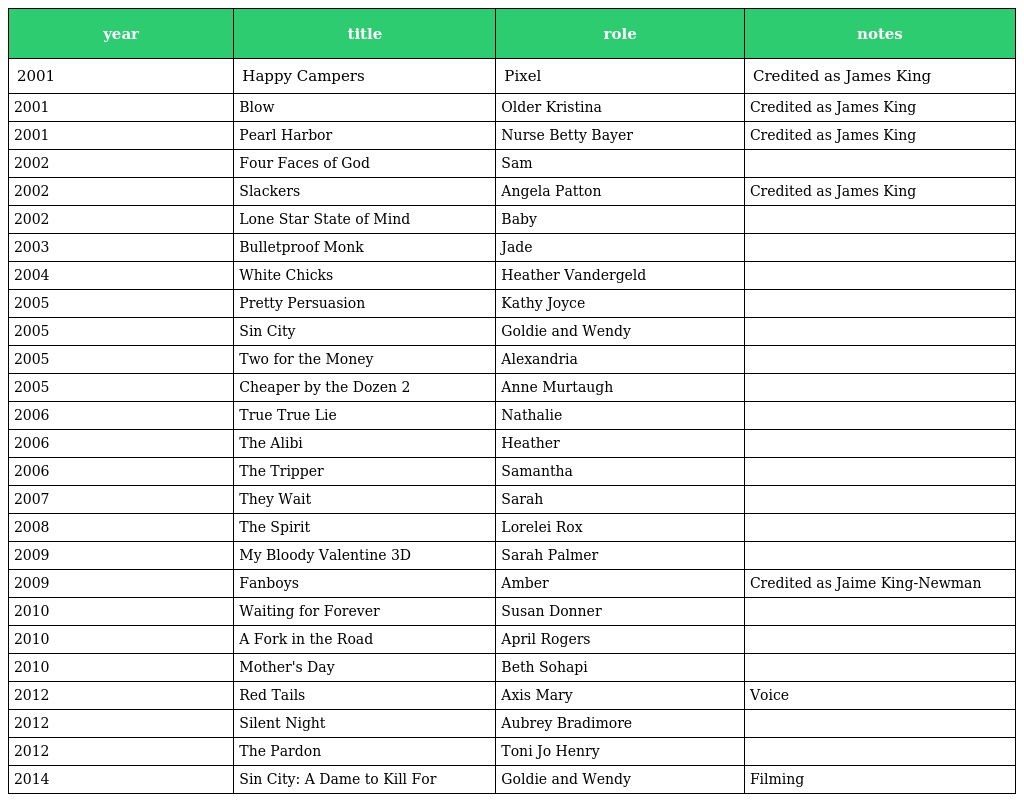
| year | title | role | notes |
 | --- | --- | --- | --- |
 | 2001 | Happy Campers | Pixel | Credited as James King |
 | 2001 | Blow | Older Kristina | Credited as James King |
 | 2001 | Pearl Harbor | Nurse Betty Bayer | Credited as James King |
 | 2002 | Four Faces of God | Sam |  |
 | 2002 | Slackers | Angela Patton | Credited as James King |
 | 2002 | Lone Star State of Mind | Baby |  |
 | 2003 | Bulletproof Monk | Jade |  |
 | 2004 | White Chicks | Heather Vandergeld |  |
 | 2005 | Pretty Persuasion | Kathy Joyce |  |
 | 2005 | Sin City | Goldie and Wendy |  |
 | 2005 | Two for the Money | Alexandria |  |
 | 2005 | Cheaper by the Dozen 2 | Anne Murtaugh |  |
 | 2006 | True True Lie | Nathalie |  |
 | 2006 | The Alibi | Heather |  |
 | 2006 | The Tripper | Samantha |  |
 | 2007 | They Wait | Sarah |  |
 | 2008 | The Spirit | Lorelei Rox |  |
 | 2009 | My Bloody Valentine 3D | Sarah Palmer |  |
 | 2009 | Fanboys | Amber | Credited as Jaime King-Newman |
 | 2010 | Waiting for Forever | Susan Donner |  |
 | 2010 | A Fork in the Road | April Rogers |  |
 | 2010 | Mother's Day | Beth Sohapi |  |
 | 2012 | Red Tails | Axis Mary | Voice |
 | 2012 | Silent Night | Aubrey Bradimore |  |
 | 2012 | The Pardon | Toni Jo Henry |  |
 | 2014 | Sin City: A Dame to Kill For | Goldie and Wendy | Filming |